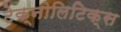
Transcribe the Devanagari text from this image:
टेक्नोलिटिक्स